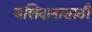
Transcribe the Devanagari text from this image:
बलिदानासाठी